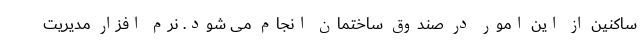
ساکنین از این امور در صندوق ساختمان انجام می شود. نرم افزار مدیریت